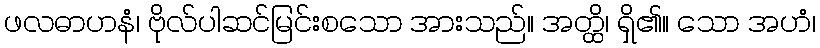
ဖလဓာဟနံ၊ ဗိုလ်ပါဆင်မြင်းစသော အားသည်။ အတ္ထိ၊ ရှိ၏။ သော အဟံ၊